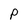
Character: p